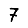
Digit: 7